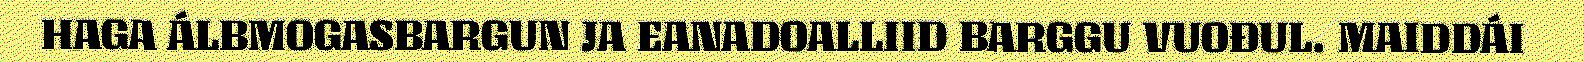
HAGA ÁLBMOGASBARGUN JA EANADOALLIID BARGGU VUOĐUL. MAIDDÁI